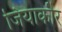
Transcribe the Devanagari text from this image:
जियाकौर